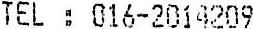
TEL : 016-2014209